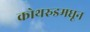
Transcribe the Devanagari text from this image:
कोथरुडमधून